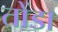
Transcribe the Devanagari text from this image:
तोंडा